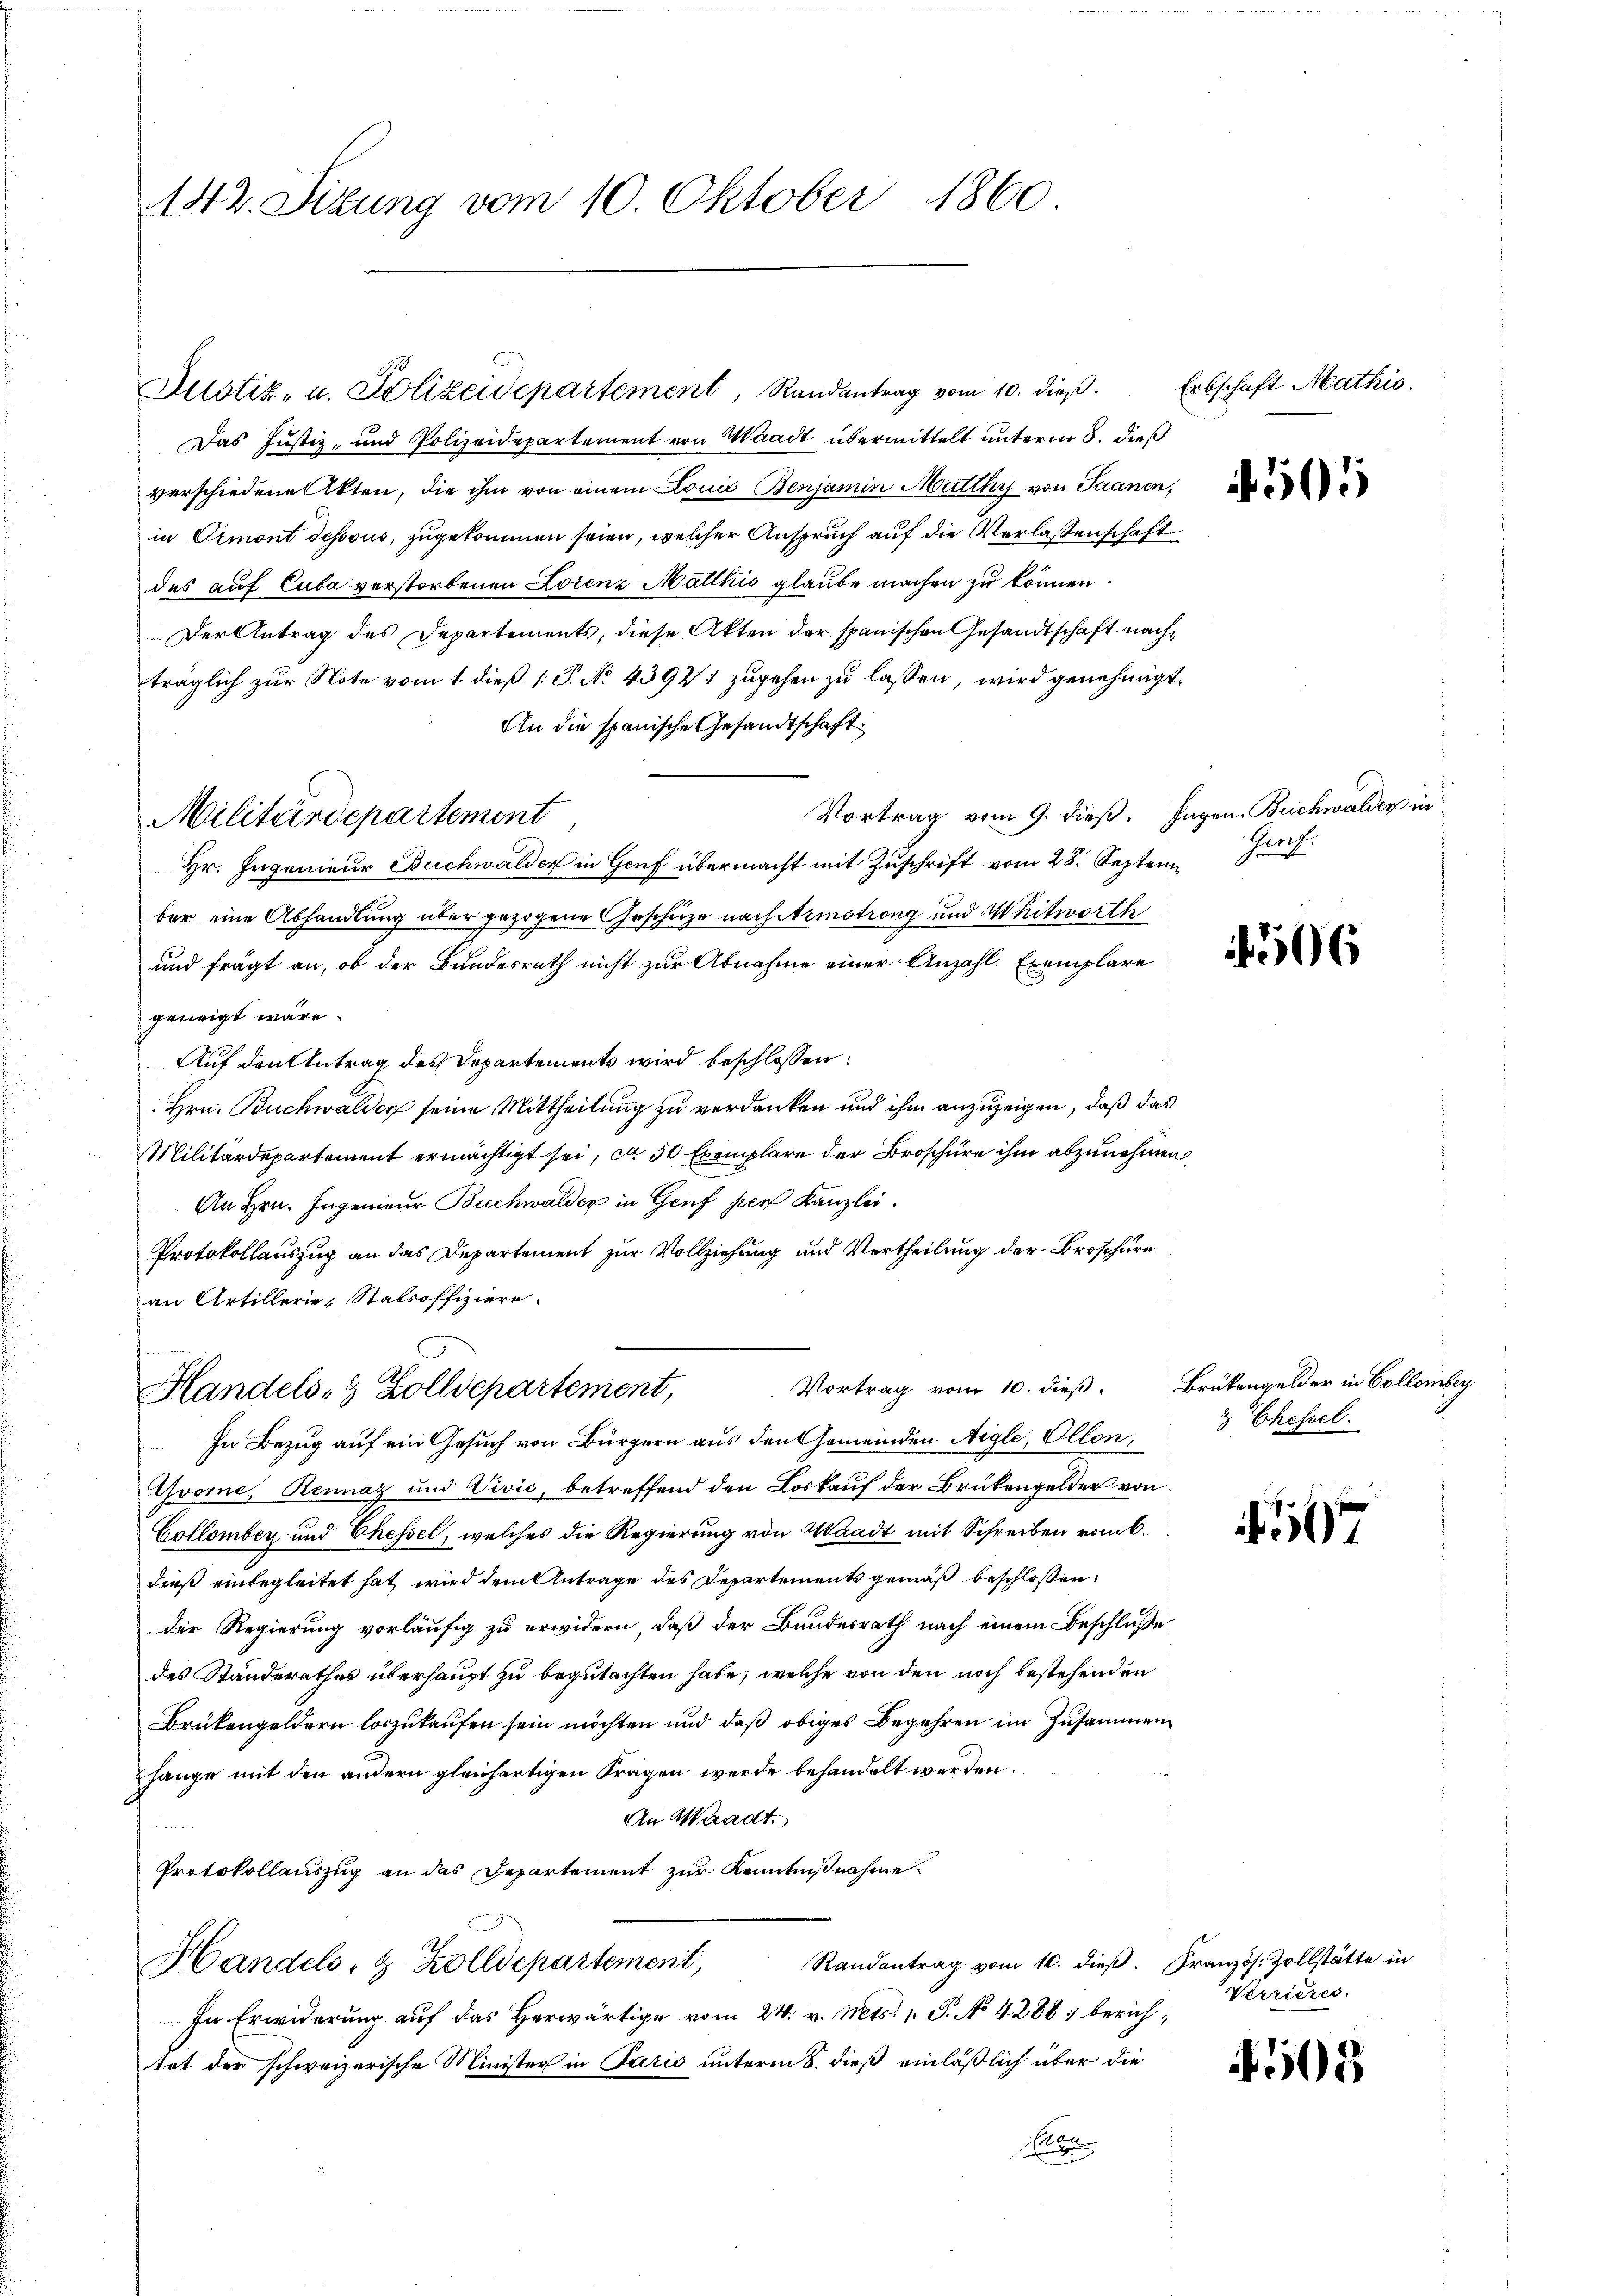
142. Sizung vom 10. Oktober 1860.

Das Justiz- und Polizeidepartement von Waadt übermittelt unterm 8. dieß
verschiedene Akten, die ihm von einem Louis Benjamin Matthys von Saanen,
in Ormont dessous, zugekommen seien, welcher Anspruch auf die Verlassenschaft
des auf Cuba verstorbenen Lorenz Mattkić glaube machen zu können.
Der Antrag des Departements, diese Akten der spanischen Gesandtschaft nachträglich zur Note vom 1. dieß (: P. No. 43971 zugehen zu lassen, wird genehmigt.
An die spanische Gesandtschaft
Vortrag vom 9. dieß. Hagen Buchwalder in
Hr. Ingenieur Buchwalder in Genf übermacht mit Zuschrift vom 28. Septem
ber eine Abhandlung über gezogene Geschüze nach Armstreng und Whitworth
und frägt an, ob der Bundesrath nicht zur Abnahme einer Anzahl Exemplare
geneigt wäre.
Auf den Antrag des Departements wird beschlossen:
Hrn. Buchwalder seine Mittheilung zu verdanken und ihm anzuzeigen, daß das
Militärdepartement ermächtigt sei, ca 50 Exemplare der Broschüre ihm abzunehmen
An Hrn. Ingenieur Buchwalder in Genf per Kanzlei.
Protokollauszug an das Departement zur Vollziehung und Vertheilung der Broschüre
an Artillerie, Stabsoffiziere.
Vortrag vom 10. dieß. Brükengelder in Collombey
Handels- & Zolldepartement,
In Bezug auf ein Gesuch von Bürgern aus den Gemeinden Aigle, Ollon,
Gvorne, Rennaz und Vivis, betreffend den Loskauf der Brükengelder von
Collombey und Chessel, welches die Regierung von Waadt mit Schreiben vom 6.
dieß einbegleitet hat wird dem Antrage des Departements gemäß beschlossen:
der Regierung vorläufig zu erwidern, daß der Bundesrath nach einem Beschluße
des Standerathes überhaupt zu begutachten habe, welche von den noch bestehenden
Brükengeldern loszukaufen sein möchten und daß obiges Begehren im Zusammenhange mit den andern gleichartigen Fragen werde behandelt werden.
An Waadt
Protokollauszug an das Departement zur Kenntnißnahme
Randantrag vom 10. dieß. Französ. Zollstätte in
Handels- & Zolldepartement,
In Erwiderung auf das herwärtige vom 24. v. Mts. 1. P. No 4288; berichtet der schweizerische Minister in Paris unterm 8. dieß einläßlich über die
E

Militärdepartement

Justiz- u. Polizeidepartement, Randantrag vom 10. dieß.

Erbschaft Mathis

505

506

& Ehessel.

17

Verrieres

505